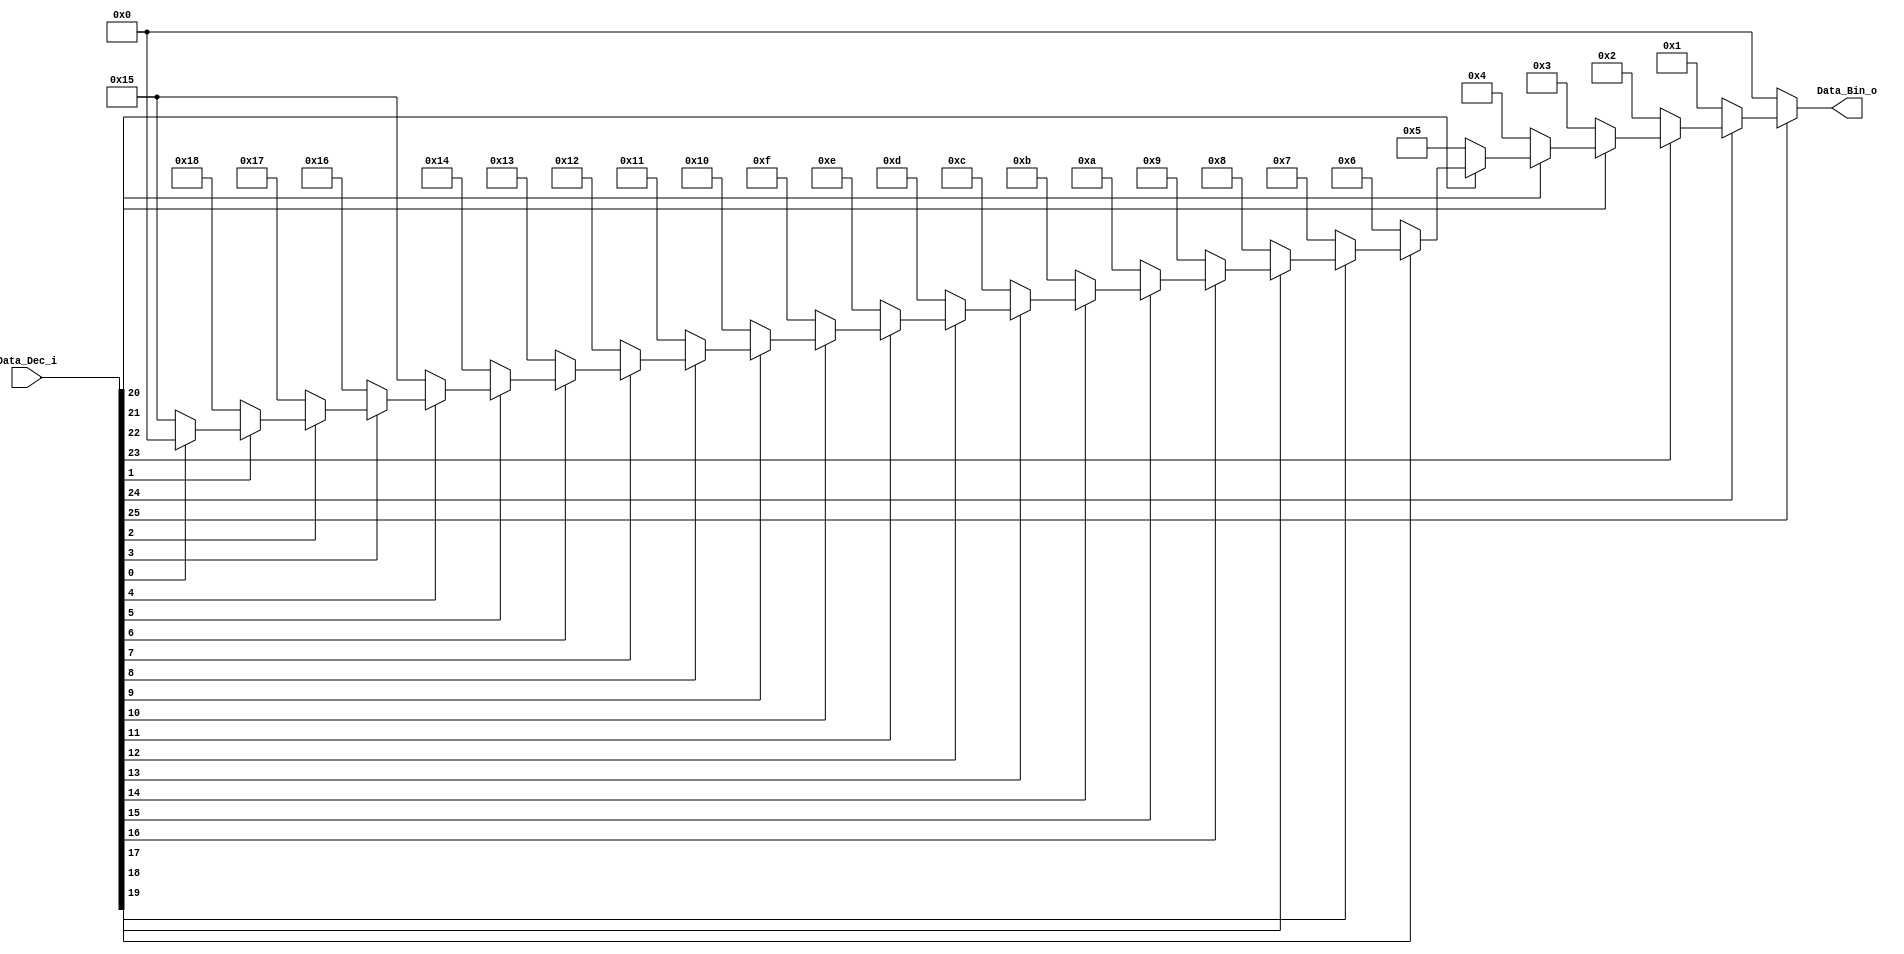
module Priority_Codec_32(
    input wire [25:0] Data_Dec_i,
    output reg [4:0] Data_Bin_o
    );
parameter SWR = 26;

	always @(Data_Dec_i)
	begin
		if(~Data_Dec_i[25]) begin Data_Bin_o = 5'b00000;//0
		end else if(~Data_Dec_i[24]) begin Data_Bin_o = 5'b00001;//1
		end else if(~Data_Dec_i[23]) begin Data_Bin_o = 5'b00010;//2
		end else if(~Data_Dec_i[22]) begin Data_Bin_o = 5'b00011;//3
		end else if(~Data_Dec_i[21]) begin Data_Bin_o = 5'b00100;//4
		end else if(~Data_Dec_i[20]) begin Data_Bin_o = 5'b00101;//5
		end else if(~Data_Dec_i[19]) begin Data_Bin_o = 5'b00110;//6
		end else if(~Data_Dec_i[18]) begin Data_Bin_o = 5'b00111;//7
		end else if(~Data_Dec_i[17]) begin Data_Bin_o = 5'b01000;//8
		end else if(~Data_Dec_i[16]) begin Data_Bin_o = 5'b01001;//9
		end else if(~Data_Dec_i[15]) begin Data_Bin_o = 5'b01010;//10
		end else if(~Data_Dec_i[14]) begin Data_Bin_o = 5'b01011;//11
		end else if(~Data_Dec_i[13]) begin Data_Bin_o = 5'b01100;//12
		end else if(~Data_Dec_i[12]) begin Data_Bin_o = 5'b01101;//13
		end else if(~Data_Dec_i[11]) begin Data_Bin_o = 5'b01110;//14
		end else if(~Data_Dec_i[10]) begin Data_Bin_o = 5'b01111;//15
		end else if(~Data_Dec_i[9])  begin Data_Bin_o = 5'b10000;//16
		end else if(~Data_Dec_i[8])  begin Data_Bin_o = 5'b10001;//17
		end else if(~Data_Dec_i[7])  begin Data_Bin_o = 5'b10010;//18
		end else if(~Data_Dec_i[6])  begin Data_Bin_o = 5'b10011;//19
		end else if(~Data_Dec_i[5])  begin Data_Bin_o = 5'b10100;//20
		end else if(~Data_Dec_i[4])  begin Data_Bin_o = 5'b10101;//21
		end else if(~Data_Dec_i[3])  begin Data_Bin_o = 5'b10110;//22
		end else if(~Data_Dec_i[2])  begin Data_Bin_o = 5'b10111;//23
		end else if(~Data_Dec_i[1])  begin Data_Bin_o = 5'b11000;//24
		end else if(~Data_Dec_i[0])  begin Data_Bin_o = 5'b10101;//25
		end
		else Data_Bin_o = 5'b00000;//zero value

	end


endmodule